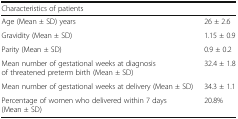
| <COLSPAN=2> Characteristics of patients |
 | --- | --- |
 | Age (Mean ± SD) years | 26 ± 2.6 |
 | Gravidity (Mean ± SD) | 1.15 ± 0.9 |
 | Parity (Mean ± SD) | 0.9 ± 0.2 |
 | Mean number of gestational weeks at diagnosis of threatened preterm birth (Mean ± SD) | 32.4 ± 1.8 |
 | Mean number of gestational weeks at delivery (Mean ± SD) | 34.3 ± 1.1 |
 | Percentage of women who delivered within 7 days (Mean ± SD) | 20.8% |